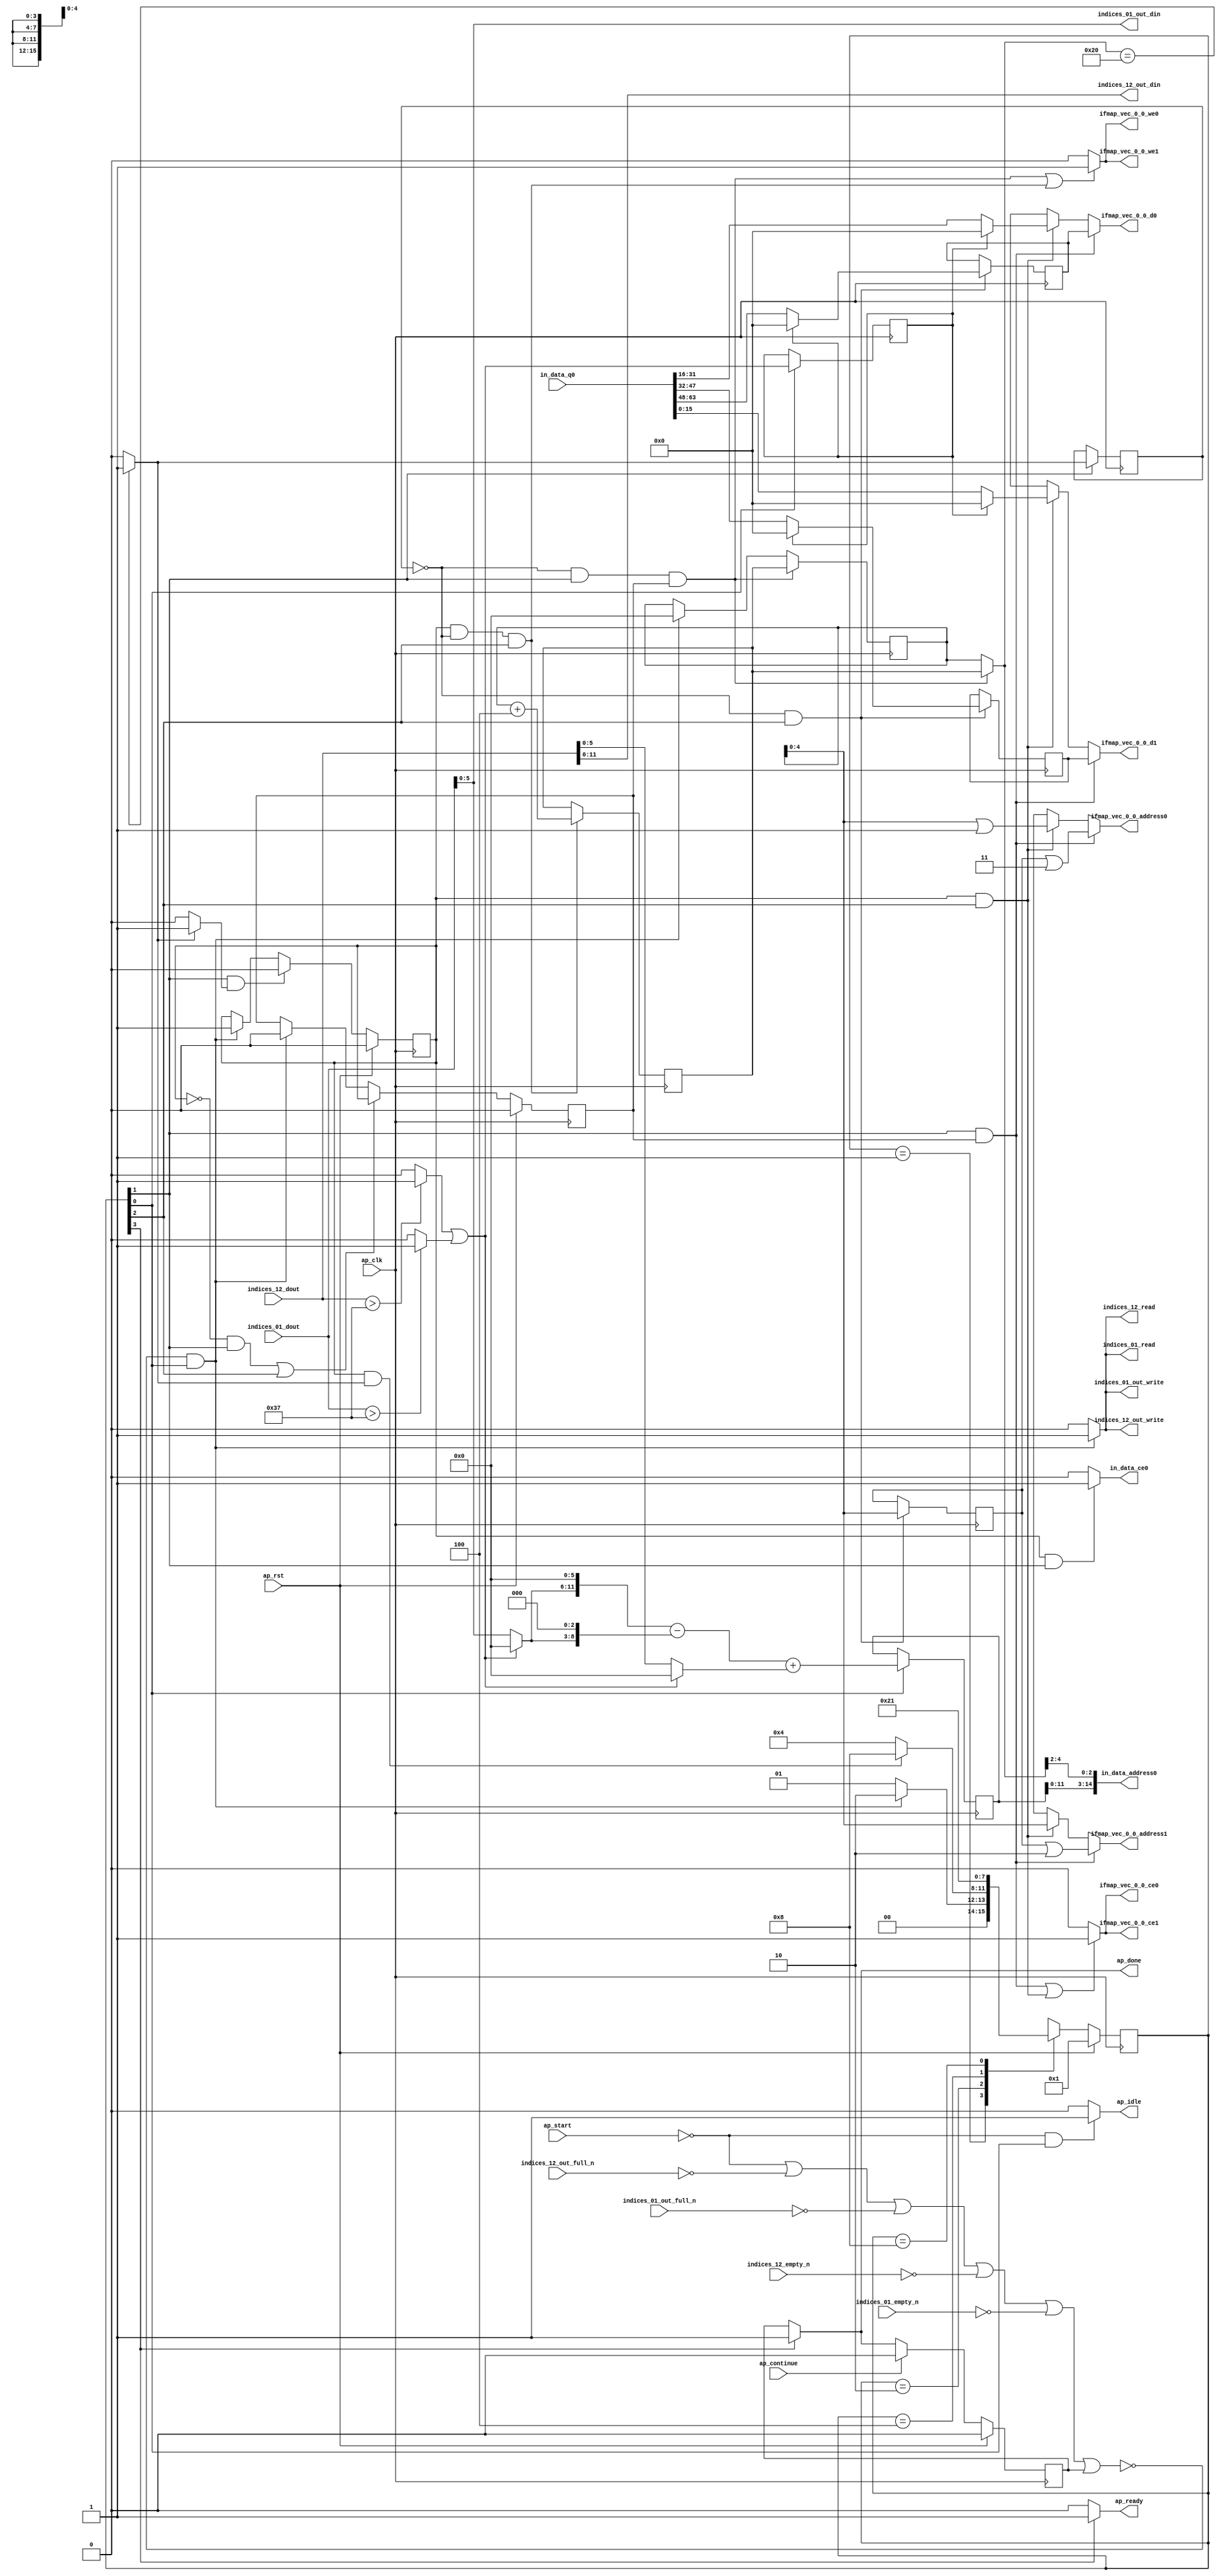
`define SIMULATION_MEMORY
`define EXPONENT 5
`define MANTISSA 10
`define ACTUAL_MANTISSA 11
`define EXPONENT_LSB 10
`define EXPONENT_MSB 14
`define MANTISSA_LSB 0
`define MANTISSA_MSB 9
`define MANTISSA_MUL_SPLIT_LSB 3
`define MANTISSA_MUL_SPLIT_MSB 9
`define SIGN 1
`define SIGN_LOC 15
`define DWIDTH (`SIGN+`EXPONENT+`MANTISSA)
`define IEEE_COMPLIANCE 1

module td_fused_top_tdf3_readInputs (
        ap_clk,
        ap_rst,
        ap_start,
        ap_done,
        ap_continue,
        ap_idle,
        ap_ready,
        in_data_address0,
        in_data_ce0,
        in_data_q0,
        indices_01_dout,
        indices_01_empty_n,
        indices_01_read,
        indices_12_dout,
        indices_12_empty_n,
        indices_12_read,
        ifmap_vec_0_0_address0,
        ifmap_vec_0_0_ce0,
        ifmap_vec_0_0_we0,
        ifmap_vec_0_0_d0,
        ifmap_vec_0_0_address1,
        ifmap_vec_0_0_ce1,
        ifmap_vec_0_0_we1,
        ifmap_vec_0_0_d1,
        indices_01_out_din,
        indices_01_out_full_n,
        indices_01_out_write,
        indices_12_out_din,
        indices_12_out_full_n,
        indices_12_out_write
);

parameter    ap_ST_fsm_state1 = 4'd1;
parameter    ap_ST_fsm_pp0_stage0 = 4'd2;
parameter    ap_ST_fsm_pp0_stage1 = 4'd4;
parameter    ap_ST_fsm_state5 = 4'd8;

input   ap_clk;
input   ap_rst;
input   ap_start;
output   ap_done;
input   ap_continue;
output   ap_idle;
output   ap_ready;
output  [14:0] in_data_address0;
output   in_data_ce0;
input  [63:0] in_data_q0;
input  [15:0] indices_01_dout;
input   indices_01_empty_n;
output   indices_01_read;
input  [15:0] indices_12_dout;
input   indices_12_empty_n;
output   indices_12_read;
output  [4:0] ifmap_vec_0_0_address0;
output   ifmap_vec_0_0_ce0;
output   ifmap_vec_0_0_we0;
output  [15:0] ifmap_vec_0_0_d0;
output  [4:0] ifmap_vec_0_0_address1;
output   ifmap_vec_0_0_ce1;
output   ifmap_vec_0_0_we1;
output  [15:0] ifmap_vec_0_0_d1;
output  [5:0] indices_01_out_din;
input   indices_01_out_full_n;
output   indices_01_out_write;
output  [11:0] indices_12_out_din;
input   indices_12_out_full_n;
output   indices_12_out_write;

reg ap_done;
reg ap_idle;
reg ap_ready;
reg in_data_ce0;
reg indices_01_read;
reg indices_12_read;
reg[4:0] ifmap_vec_0_0_address0;
reg ifmap_vec_0_0_ce0;
reg ifmap_vec_0_0_we0;
reg[15:0] ifmap_vec_0_0_d0;
reg[4:0] ifmap_vec_0_0_address1;
reg ifmap_vec_0_0_ce1;
reg ifmap_vec_0_0_we1;
reg[15:0] ifmap_vec_0_0_d1;
reg indices_01_out_write;
reg indices_12_out_write;

reg    ap_done_reg;
  reg   [3:0] ap_CS_fsm;
wire    ap_CS_fsm_state1;
reg    indices_01_blk_n;
reg    indices_12_blk_n;
reg    indices_01_out_blk_n;
reg    indices_12_out_blk_n;
reg   [5:0] kk_0_i_i_reg_178;
wire   [0:0] is_padding_fu_216_p2;
reg   [0:0] is_padding_reg_436;
wire   [13:0] add_ln31_fu_276_p2;
reg   [13:0] add_ln31_reg_444;
wire   [0:0] icmp_ln24_fu_282_p2;
reg   [0:0] icmp_ln24_reg_449;
wire    ap_CS_fsm_pp0_stage0;
wire    ap_block_state2_pp0_stage0_iter0;
wire    ap_block_state4_pp0_stage0_iter1;
wire    ap_block_pp0_stage0_11001;
wire   [5:0] add_ln24_fu_310_p2;
reg   [5:0] add_ln24_reg_458;
wire    ap_CS_fsm_pp0_stage1;
reg    ap_enable_reg_pp0_iter0;
wire    ap_block_state3_pp0_stage1_iter0;
wire    ap_block_pp0_stage1_11001;
wire   [4:0] empty_142_fu_321_p1;
reg   [4:0] empty_142_reg_463;
wire   [15:0] select_ln32_40_fu_388_p3;
reg   [15:0] select_ln32_40_reg_469;
wire   [15:0] select_ln32_41_fu_409_p3;
reg   [15:0] select_ln32_41_reg_474;
reg    ap_block_state1;
wire    ap_block_pp0_stage0_subdone;
reg    ap_condition_pp0_exit_iter0_state2;
reg    ap_enable_reg_pp0_iter1;
wire    ap_block_pp0_stage1_subdone;
reg   [5:0] ap_phi_mux_kk_0_i_i_phi_fu_182_p4;
wire    ap_block_pp0_stage0;
wire   [63:0] sext_ln31_fu_305_p1;
wire   [63:0] kk_0_cast4_i_i_fu_316_p1;
wire    ap_block_pp0_stage1;
wire   [63:0] zext_ln31_9_fu_347_p1;
wire   [63:0] zext_ln31_10_fu_421_p1;
wire   [63:0] zext_ln31_11_fu_431_p1;
wire   [5:0] trunc_ln131_fu_190_p1;
wire   [15:0] select_ln32_fu_333_p3;
wire   [15:0] select_ln32_39_fu_366_p3;
wire   [0:0] cmp7_i_i_fu_204_p2;
wire   [0:0] icmp_ln23_fu_210_p2;
wire   [5:0] empty_140_fu_200_p1;
wire   [5:0] row_coord_int_fu_222_p3;
wire   [11:0] tmp_fu_238_p3;
wire   [8:0] tmp_s_fu_250_p3;
wire   [12:0] zext_ln31_fu_246_p1;
wire   [12:0] zext_ln31_17_fu_258_p1;
wire   [12:0] sub_ln31_fu_262_p2;
wire   [5:0] col_coord_int_fu_230_p3;
wire   [13:0] sub_ln31_cast_fu_268_p1;
wire   [13:0] zext_ln31_18_fu_272_p1;
wire   [2:0] lshr_ln_fu_288_p4;
wire   [16:0] tmp_79_fu_298_p3;
wire   [15:0] trunc_ln31_fu_325_p1;
wire   [15:0] bitcast_ln31_fu_329_p1;
wire   [4:0] or_ln24_fu_341_p2;
wire   [15:0] tmp_285_i_i_fu_352_p4;
wire   [15:0] bitcast_ln31_22_fu_362_p1;
wire   [15:0] tmp_286_i_i_fu_374_p4;
wire   [15:0] bitcast_ln31_23_fu_384_p1;
wire   [15:0] tmp_287_i_i_fu_395_p4;
wire   [15:0] bitcast_ln31_24_fu_405_p1;
wire   [4:0] or_ln24_5_fu_416_p2;
wire   [4:0] or_ln24_6_fu_426_p2;
wire    ap_CS_fsm_state5;
reg   [3:0] ap_NS_fsm;
reg    ap_idle_pp0;
wire    ap_enable_pp0;
wire    ap_ce_reg;

// power-on initialization
initial begin
#0 ap_done_reg = 1'b0;
#0 ap_CS_fsm = 4'd1;
#0 ap_enable_reg_pp0_iter0 = 1'b0;
#0 ap_enable_reg_pp0_iter1 = 1'b0;
end

always @ (posedge ap_clk) begin
    if (ap_rst == 1'b1) begin
        ap_CS_fsm <= ap_ST_fsm_state1;
    end else begin
        ap_CS_fsm <= ap_NS_fsm;
    end
end

always @ (posedge ap_clk) begin
    if (ap_rst == 1'b1) begin
        ap_done_reg <= 1'b0;
    end else begin
        if ((ap_continue == 1'b1)) begin
            ap_done_reg <= 1'b0;
        end else if ((1'b1 == ap_CS_fsm_state5)) begin
            ap_done_reg <= 1'b1;
        end
    end
end

always @ (posedge ap_clk) begin
    if (ap_rst == 1'b1) begin
        ap_enable_reg_pp0_iter0 <= 1'b0;
    end else begin
        if (((1'b0 == ap_block_pp0_stage0_subdone) & (1'b1 == ap_CS_fsm_pp0_stage0) & (1'b1 == ap_condition_pp0_exit_iter0_state2))) begin
            ap_enable_reg_pp0_iter0 <= 1'b0;
        end else if ((~((ap_start == 1'b0) | (indices_12_out_full_n == 1'b0) | (indices_01_out_full_n == 1'b0) | (indices_12_empty_n == 1'b0) | (indices_01_empty_n == 1'b0) | (ap_done_reg == 1'b1)) & (1'b1 == ap_CS_fsm_state1))) begin
            ap_enable_reg_pp0_iter0 <= 1'b1;
        end
    end
end

always @ (posedge ap_clk) begin
    if (ap_rst == 1'b1) begin
        ap_enable_reg_pp0_iter1 <= 1'b0;
    end else begin
        if ((((ap_enable_reg_pp0_iter0 == 1'b0) & (1'b0 == ap_block_pp0_stage0_subdone) & (1'b1 == ap_CS_fsm_pp0_stage0)) | ((1'b0 == ap_block_pp0_stage1_subdone) & (1'b1 == ap_CS_fsm_pp0_stage1)))) begin
            ap_enable_reg_pp0_iter1 <= ap_enable_reg_pp0_iter0;
        end else if ((~((ap_start == 1'b0) | (indices_12_out_full_n == 1'b0) | (indices_01_out_full_n == 1'b0) | (indices_12_empty_n == 1'b0) | (indices_01_empty_n == 1'b0) | (ap_done_reg == 1'b1)) & (1'b1 == ap_CS_fsm_state1))) begin
            ap_enable_reg_pp0_iter1 <= 1'b0;
        end
    end
end

always @ (posedge ap_clk) begin
    if (((1'b0 == ap_block_pp0_stage0_11001) & (icmp_ln24_reg_449 == 1'd0) & (1'b1 == ap_CS_fsm_pp0_stage0) & (ap_enable_reg_pp0_iter1 == 1'b1))) begin
        kk_0_i_i_reg_178 <= add_ln24_reg_458;
    end else if ((~((ap_start == 1'b0) | (indices_12_out_full_n == 1'b0) | (indices_01_out_full_n == 1'b0) | (indices_12_empty_n == 1'b0) | (indices_01_empty_n == 1'b0) | (ap_done_reg == 1'b1)) & (1'b1 == ap_CS_fsm_state1))) begin
        kk_0_i_i_reg_178 <= 6'd0;
    end
end

always @ (posedge ap_clk) begin
    if (((ap_enable_reg_pp0_iter0 == 1'b1) & (1'b0 == ap_block_pp0_stage1_11001) & (icmp_ln24_reg_449 == 1'd0) & (1'b1 == ap_CS_fsm_pp0_stage1))) begin
        add_ln24_reg_458 <= add_ln24_fu_310_p2;
    end
end

always @ (posedge ap_clk) begin
    if ((1'b1 == ap_CS_fsm_state1)) begin
        add_ln31_reg_444 <= add_ln31_fu_276_p2;
        is_padding_reg_436 <= is_padding_fu_216_p2;
    end
end

always @ (posedge ap_clk) begin
    if (((1'b0 == ap_block_pp0_stage1_11001) & (icmp_ln24_reg_449 == 1'd0) & (1'b1 == ap_CS_fsm_pp0_stage1))) begin
        empty_142_reg_463 <= empty_142_fu_321_p1;
        select_ln32_40_reg_469 <= select_ln32_40_fu_388_p3;
        select_ln32_41_reg_474 <= select_ln32_41_fu_409_p3;
    end
end

always @ (posedge ap_clk) begin
    if (((1'b0 == ap_block_pp0_stage0_11001) & (1'b1 == ap_CS_fsm_pp0_stage0))) begin
        icmp_ln24_reg_449 <= icmp_ln24_fu_282_p2;
    end
end

always @ (*) begin
    if ((icmp_ln24_fu_282_p2 == 1'd1)) begin
        ap_condition_pp0_exit_iter0_state2 = 1'b1;
    end else begin
        ap_condition_pp0_exit_iter0_state2 = 1'b0;
    end
end

always @ (*) begin
    if ((1'b1 == ap_CS_fsm_state5)) begin
        ap_done = 1'b1;
    end else begin
        ap_done = ap_done_reg;
    end
end

always @ (*) begin
    if (((ap_start == 1'b0) & (1'b1 == ap_CS_fsm_state1))) begin
        ap_idle = 1'b1;
    end else begin
        ap_idle = 1'b0;
    end
end

always @ (*) begin
    if (((ap_enable_reg_pp0_iter0 == 1'b0) & (ap_enable_reg_pp0_iter1 == 1'b0))) begin
        ap_idle_pp0 = 1'b1;
    end else begin
        ap_idle_pp0 = 1'b0;
    end
end

always @ (*) begin
    if (((1'b0 == ap_block_pp0_stage0) & (icmp_ln24_reg_449 == 1'd0) & (1'b1 == ap_CS_fsm_pp0_stage0) & (ap_enable_reg_pp0_iter1 == 1'b1))) begin
        ap_phi_mux_kk_0_i_i_phi_fu_182_p4 = add_ln24_reg_458;
    end else begin
        ap_phi_mux_kk_0_i_i_phi_fu_182_p4 = kk_0_i_i_reg_178;
    end
end

always @ (*) begin
    if ((1'b1 == ap_CS_fsm_state5)) begin
        ap_ready = 1'b1;
    end else begin
        ap_ready = 1'b0;
    end
end

always @ (*) begin
    if (((1'b0 == ap_block_pp0_stage0) & (1'b1 == ap_CS_fsm_pp0_stage0) & (ap_enable_reg_pp0_iter1 == 1'b1))) begin
        ifmap_vec_0_0_address0 = zext_ln31_11_fu_431_p1;
    end else if (((ap_enable_reg_pp0_iter0 == 1'b1) & (1'b0 == ap_block_pp0_stage1) & (1'b1 == ap_CS_fsm_pp0_stage1))) begin
        ifmap_vec_0_0_address0 = zext_ln31_9_fu_347_p1;
    end else begin
        ifmap_vec_0_0_address0 = 'bx;
    end
end

always @ (*) begin
    if (((1'b0 == ap_block_pp0_stage0) & (1'b1 == ap_CS_fsm_pp0_stage0) & (ap_enable_reg_pp0_iter1 == 1'b1))) begin
        ifmap_vec_0_0_address1 = zext_ln31_10_fu_421_p1;
    end else if (((ap_enable_reg_pp0_iter0 == 1'b1) & (1'b0 == ap_block_pp0_stage1) & (1'b1 == ap_CS_fsm_pp0_stage1))) begin
        ifmap_vec_0_0_address1 = kk_0_cast4_i_i_fu_316_p1;
    end else begin
        ifmap_vec_0_0_address1 = 'bx;
    end
end

always @ (*) begin
    if ((((1'b0 == ap_block_pp0_stage0_11001) & (1'b1 == ap_CS_fsm_pp0_stage0) & (ap_enable_reg_pp0_iter1 == 1'b1)) | ((ap_enable_reg_pp0_iter0 == 1'b1) & (1'b0 == ap_block_pp0_stage1_11001) & (1'b1 == ap_CS_fsm_pp0_stage1)))) begin
        ifmap_vec_0_0_ce0 = 1'b1;
    end else begin
        ifmap_vec_0_0_ce0 = 1'b0;
    end
end

always @ (*) begin
    if ((((1'b0 == ap_block_pp0_stage0_11001) & (1'b1 == ap_CS_fsm_pp0_stage0) & (ap_enable_reg_pp0_iter1 == 1'b1)) | ((ap_enable_reg_pp0_iter0 == 1'b1) & (1'b0 == ap_block_pp0_stage1_11001) & (1'b1 == ap_CS_fsm_pp0_stage1)))) begin
        ifmap_vec_0_0_ce1 = 1'b1;
    end else begin
        ifmap_vec_0_0_ce1 = 1'b0;
    end
end

always @ (*) begin
    if (((1'b0 == ap_block_pp0_stage0) & (1'b1 == ap_CS_fsm_pp0_stage0) & (ap_enable_reg_pp0_iter1 == 1'b1))) begin
        ifmap_vec_0_0_d0 = select_ln32_41_reg_474;
    end else if (((ap_enable_reg_pp0_iter0 == 1'b1) & (1'b0 == ap_block_pp0_stage1) & (1'b1 == ap_CS_fsm_pp0_stage1))) begin
        ifmap_vec_0_0_d0 = select_ln32_39_fu_366_p3;
    end else begin
        ifmap_vec_0_0_d0 = 'bx;
    end
end

always @ (*) begin
    if (((1'b0 == ap_block_pp0_stage0) & (1'b1 == ap_CS_fsm_pp0_stage0) & (ap_enable_reg_pp0_iter1 == 1'b1))) begin
        ifmap_vec_0_0_d1 = select_ln32_40_reg_469;
    end else if (((ap_enable_reg_pp0_iter0 == 1'b1) & (1'b0 == ap_block_pp0_stage1) & (1'b1 == ap_CS_fsm_pp0_stage1))) begin
        ifmap_vec_0_0_d1 = select_ln32_fu_333_p3;
    end else begin
        ifmap_vec_0_0_d1 = 'bx;
    end
end

always @ (*) begin
    if ((((1'b0 == ap_block_pp0_stage0_11001) & (icmp_ln24_reg_449 == 1'd0) & (1'b1 == ap_CS_fsm_pp0_stage0) & (ap_enable_reg_pp0_iter1 == 1'b1)) | ((ap_enable_reg_pp0_iter0 == 1'b1) & (1'b0 == ap_block_pp0_stage1_11001) & (icmp_ln24_reg_449 == 1'd0) & (1'b1 == ap_CS_fsm_pp0_stage1)))) begin
        ifmap_vec_0_0_we0 = 1'b1;
    end else begin
        ifmap_vec_0_0_we0 = 1'b0;
    end
end

always @ (*) begin
    if ((((1'b0 == ap_block_pp0_stage0_11001) & (icmp_ln24_reg_449 == 1'd0) & (1'b1 == ap_CS_fsm_pp0_stage0) & (ap_enable_reg_pp0_iter1 == 1'b1)) | ((ap_enable_reg_pp0_iter0 == 1'b1) & (1'b0 == ap_block_pp0_stage1_11001) & (icmp_ln24_reg_449 == 1'd0) & (1'b1 == ap_CS_fsm_pp0_stage1)))) begin
        ifmap_vec_0_0_we1 = 1'b1;
    end else begin
        ifmap_vec_0_0_we1 = 1'b0;
    end
end

always @ (*) begin
    if (((ap_enable_reg_pp0_iter0 == 1'b1) & (1'b0 == ap_block_pp0_stage0_11001) & (1'b1 == ap_CS_fsm_pp0_stage0))) begin
        in_data_ce0 = 1'b1;
    end else begin
        in_data_ce0 = 1'b0;
    end
end

always @ (*) begin
    if ((~((ap_start == 1'b0) | (ap_done_reg == 1'b1)) & (1'b1 == ap_CS_fsm_state1))) begin
        indices_01_blk_n = indices_01_empty_n;
    end else begin
        indices_01_blk_n = 1'b1;
    end
end

always @ (*) begin
    if ((~((ap_start == 1'b0) | (ap_done_reg == 1'b1)) & (1'b1 == ap_CS_fsm_state1))) begin
        indices_01_out_blk_n = indices_01_out_full_n;
    end else begin
        indices_01_out_blk_n = 1'b1;
    end
end

always @ (*) begin
    if ((~((ap_start == 1'b0) | (indices_12_out_full_n == 1'b0) | (indices_01_out_full_n == 1'b0) | (indices_12_empty_n == 1'b0) | (indices_01_empty_n == 1'b0) | (ap_done_reg == 1'b1)) & (1'b1 == ap_CS_fsm_state1))) begin
        indices_01_out_write = 1'b1;
    end else begin
        indices_01_out_write = 1'b0;
    end
end

always @ (*) begin
    if ((~((ap_start == 1'b0) | (indices_12_out_full_n == 1'b0) | (indices_01_out_full_n == 1'b0) | (indices_12_empty_n == 1'b0) | (indices_01_empty_n == 1'b0) | (ap_done_reg == 1'b1)) & (1'b1 == ap_CS_fsm_state1))) begin
        indices_01_read = 1'b1;
    end else begin
        indices_01_read = 1'b0;
    end
end

always @ (*) begin
    if ((~((ap_start == 1'b0) | (ap_done_reg == 1'b1)) & (1'b1 == ap_CS_fsm_state1))) begin
        indices_12_blk_n = indices_12_empty_n;
    end else begin
        indices_12_blk_n = 1'b1;
    end
end

always @ (*) begin
    if ((~((ap_start == 1'b0) | (ap_done_reg == 1'b1)) & (1'b1 == ap_CS_fsm_state1))) begin
        indices_12_out_blk_n = indices_12_out_full_n;
    end else begin
        indices_12_out_blk_n = 1'b1;
    end
end

always @ (*) begin
    if ((~((ap_start == 1'b0) | (indices_12_out_full_n == 1'b0) | (indices_01_out_full_n == 1'b0) | (indices_12_empty_n == 1'b0) | (indices_01_empty_n == 1'b0) | (ap_done_reg == 1'b1)) & (1'b1 == ap_CS_fsm_state1))) begin
        indices_12_out_write = 1'b1;
    end else begin
        indices_12_out_write = 1'b0;
    end
end

always @ (*) begin
    if ((~((ap_start == 1'b0) | (indices_12_out_full_n == 1'b0) | (indices_01_out_full_n == 1'b0) | (indices_12_empty_n == 1'b0) | (indices_01_empty_n == 1'b0) | (ap_done_reg == 1'b1)) & (1'b1 == ap_CS_fsm_state1))) begin
        indices_12_read = 1'b1;
    end else begin
        indices_12_read = 1'b0;
    end
end

always @ (*) begin
    case (ap_CS_fsm)
        ap_ST_fsm_state1 : begin
            if ((~((ap_start == 1'b0) | (indices_12_out_full_n == 1'b0) | (indices_01_out_full_n == 1'b0) | (indices_12_empty_n == 1'b0) | (indices_01_empty_n == 1'b0) | (ap_done_reg == 1'b1)) & (1'b1 == ap_CS_fsm_state1))) begin
                ap_NS_fsm = ap_ST_fsm_pp0_stage0;
            end else begin
                ap_NS_fsm = ap_ST_fsm_state1;
            end
        end
        ap_ST_fsm_pp0_stage0 : begin
            if ((~((ap_enable_reg_pp0_iter0 == 1'b1) & (1'b0 == ap_block_pp0_stage0_subdone) & (icmp_ln24_fu_282_p2 == 1'd1)) & (1'b0 == ap_block_pp0_stage0_subdone))) begin
                ap_NS_fsm = ap_ST_fsm_pp0_stage1;
            end else if (((ap_enable_reg_pp0_iter0 == 1'b1) & (1'b0 == ap_block_pp0_stage0_subdone) & (icmp_ln24_fu_282_p2 == 1'd1))) begin
                ap_NS_fsm = ap_ST_fsm_state5;
            end else begin
                ap_NS_fsm = ap_ST_fsm_pp0_stage0;
            end
        end
        ap_ST_fsm_pp0_stage1 : begin
            if ((1'b0 == ap_block_pp0_stage1_subdone)) begin
                ap_NS_fsm = ap_ST_fsm_pp0_stage0;
            end else begin
                ap_NS_fsm = ap_ST_fsm_pp0_stage1;
            end
        end
        ap_ST_fsm_state5 : begin
            ap_NS_fsm = ap_ST_fsm_state1;
        end
        default : begin
            ap_NS_fsm = 'bx;
        end
    endcase
end

assign add_ln24_fu_310_p2 = (kk_0_i_i_reg_178 + 6'd4);

assign add_ln31_fu_276_p2 = ((sub_ln31_cast_fu_268_p1) + (zext_ln31_18_fu_272_p1));

assign ap_CS_fsm_pp0_stage0 = ap_CS_fsm[32'd1];

assign ap_CS_fsm_pp0_stage1 = ap_CS_fsm[32'd2];

assign ap_CS_fsm_state1 = ap_CS_fsm[32'd0];

assign ap_CS_fsm_state5 = ap_CS_fsm[32'd3];

assign ap_block_pp0_stage0 = ~(1'b1 == 1'b1);

assign ap_block_pp0_stage0_11001 = ~(1'b1 == 1'b1);

assign ap_block_pp0_stage0_subdone = ~(1'b1 == 1'b1);

assign ap_block_pp0_stage1 = ~(1'b1 == 1'b1);

assign ap_block_pp0_stage1_11001 = ~(1'b1 == 1'b1);

assign ap_block_pp0_stage1_subdone = ~(1'b1 == 1'b1);

always @ (*) begin
    ap_block_state1 = ((ap_start == 1'b0) | (indices_12_out_full_n == 1'b0) | (indices_01_out_full_n == 1'b0) | (indices_12_empty_n == 1'b0) | (indices_01_empty_n == 1'b0) | (ap_done_reg == 1'b1));
end

assign ap_block_state2_pp0_stage0_iter0 = ~(1'b1 == 1'b1);

assign ap_block_state3_pp0_stage1_iter0 = ~(1'b1 == 1'b1);

assign ap_block_state4_pp0_stage0_iter1 = ~(1'b1 == 1'b1);

assign ap_enable_pp0 = (ap_idle_pp0 ^ 1'b1);

assign bitcast_ln31_22_fu_362_p1 = tmp_285_i_i_fu_352_p4;

assign bitcast_ln31_23_fu_384_p1 = tmp_286_i_i_fu_374_p4;

assign bitcast_ln31_24_fu_405_p1 = tmp_287_i_i_fu_395_p4;

assign bitcast_ln31_fu_329_p1 = trunc_ln31_fu_325_p1;

assign cmp7_i_i_fu_204_p2 = ((indices_01_dout > 16'd55) ? 1'b1 : 1'b0);

assign col_coord_int_fu_230_p3 = ((is_padding_fu_216_p2[0:0] == 1'b1) ? 6'd0 : empty_140_fu_200_p1);

assign empty_140_fu_200_p1 = indices_12_dout[5:0];

assign empty_142_fu_321_p1 = kk_0_i_i_reg_178[4:0];

assign icmp_ln23_fu_210_p2 = ((indices_12_dout > 16'd55) ? 1'b1 : 1'b0);

assign icmp_ln24_fu_282_p2 = ((ap_phi_mux_kk_0_i_i_phi_fu_182_p4 == 6'd32) ? 1'b1 : 1'b0);

assign in_data_address0 = sext_ln31_fu_305_p1;

assign indices_01_out_din = trunc_ln131_fu_190_p1;

assign indices_12_out_din = indices_12_dout[11:0];

assign is_padding_fu_216_p2 = (icmp_ln23_fu_210_p2 | cmp7_i_i_fu_204_p2);

assign kk_0_cast4_i_i_fu_316_p1 = kk_0_i_i_reg_178;

assign lshr_ln_fu_288_p4 = {{ap_phi_mux_kk_0_i_i_phi_fu_182_p4[4:2]}};

assign or_ln24_5_fu_416_p2 = (empty_142_reg_463 | 5'd2);

assign or_ln24_6_fu_426_p2 = (empty_142_reg_463 | 5'd3);

assign or_ln24_fu_341_p2 = (empty_142_fu_321_p1 | 5'd1);

assign row_coord_int_fu_222_p3 = ((is_padding_fu_216_p2[0:0] == 1'b1) ? 6'd0 : trunc_ln131_fu_190_p1);

assign select_ln32_39_fu_366_p3 = ((is_padding_reg_436[0:0] == 1'b1) ? 16'd0 : bitcast_ln31_22_fu_362_p1);

assign select_ln32_40_fu_388_p3 = ((is_padding_reg_436[0:0] == 1'b1) ? 16'd0 : bitcast_ln31_23_fu_384_p1);

assign select_ln32_41_fu_409_p3 = ((is_padding_reg_436[0:0] == 1'b1) ? 16'd0 : bitcast_ln31_24_fu_405_p1);

assign select_ln32_fu_333_p3 = ((is_padding_reg_436[0:0] == 1'b1) ? 16'd0 : bitcast_ln31_fu_329_p1);

assign sext_ln31_fu_305_p1 = (tmp_79_fu_298_p3);

assign sub_ln31_cast_fu_268_p1 = (sub_ln31_fu_262_p2);

assign sub_ln31_fu_262_p2 = (zext_ln31_fu_246_p1 - zext_ln31_17_fu_258_p1);

assign tmp_285_i_i_fu_352_p4 = {{in_data_q0[31:16]}};

assign tmp_286_i_i_fu_374_p4 = {{in_data_q0[47:32]}};

assign tmp_287_i_i_fu_395_p4 = {{in_data_q0[63:48]}};

assign tmp_79_fu_298_p3 = {{add_ln31_reg_444}, {lshr_ln_fu_288_p4}};

assign tmp_fu_238_p3 = {{row_coord_int_fu_222_p3}, {6'd0}};

assign tmp_s_fu_250_p3 = {{row_coord_int_fu_222_p3}, {3'd0}};

assign trunc_ln131_fu_190_p1 = indices_01_dout[5:0];

assign trunc_ln31_fu_325_p1 = in_data_q0[15:0];

assign zext_ln31_10_fu_421_p1 = or_ln24_5_fu_416_p2;

assign zext_ln31_11_fu_431_p1 = or_ln24_6_fu_426_p2;

assign zext_ln31_17_fu_258_p1 = tmp_s_fu_250_p3;

assign zext_ln31_18_fu_272_p1 = col_coord_int_fu_230_p3;

assign zext_ln31_9_fu_347_p1 = or_ln24_fu_341_p2;

assign zext_ln31_fu_246_p1 = tmp_fu_238_p3;

endmodule //td_fused_top_tdf3_readInputs